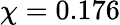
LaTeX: \chi=0.176